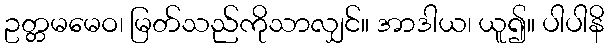
ဥတ္တမမေဝ၊ မြတ်သည်ကိုသာလျှင်။ အာဒါယ၊ ယူ၍။ ပါပါနိ